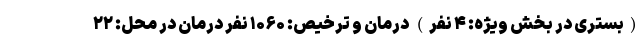
(بستری در بخش ویژه: ۴ نفر) درمان و ترخیص: ۱۰۶۰ نفر درمان در محل: ۲۲